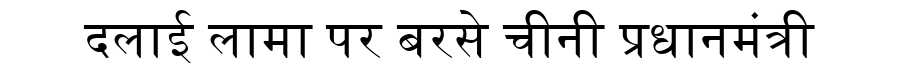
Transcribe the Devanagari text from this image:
दलाई लामा पर बरसे चीनी प्रधानमंत्री